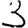
Digit: 3